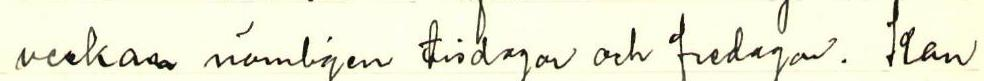
veckan nämligen tisdagar och fredagar. Kan